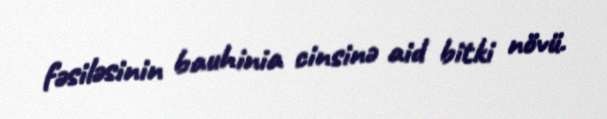
fəsiləsinin bauhinia cinsinə aid bitki növü.